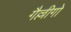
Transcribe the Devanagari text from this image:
गैल्लीगो